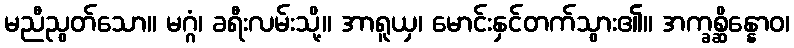
မညီညွတ်သော။ မဂ္ဂံ၊ ခရီးလမ်းသို့။ အာရူယှ၊ မောင်းနှင်တက်သွား၏။ အက္ခစ္ဆိန္နောဝ၊